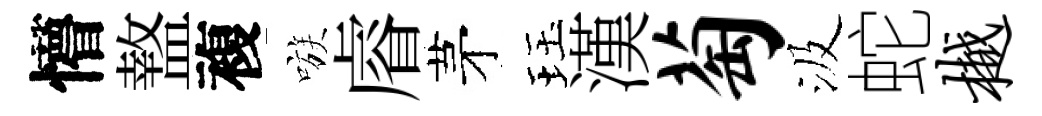
懵盩複嗾𥈠茅珏漢萄汲蛇樾